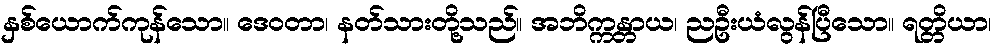
နှစ်ယောက်ကုန်သော။ ဒေဝတာ၊ နတ်သားတို့သည်။ အဘိက္ကန္တာယ၊ ညဦးယံလွန်ပြီသော။ ရတ္တိယာ၊